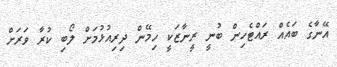
އޭނާގެ ބައެއް ރައްޓެހިން ބުނީ ރީނާޒަކީ ހިމޭން ދިރިއުޅުމަށް ލޯބި ކުރާ ވަރަށް